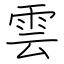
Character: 雲